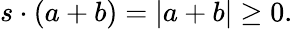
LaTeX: s\cdot(a+b)=|a+b|\geq 0.